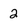
Character: 2